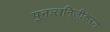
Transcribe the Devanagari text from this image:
पुनःखनिजीकरण